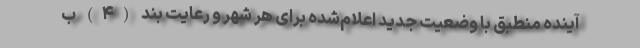
آینده منطبق با وضعیت جدید اعلام‌شده برای هر شهر و رعایت بند (۴) ب